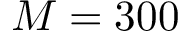
M = 3 0 0